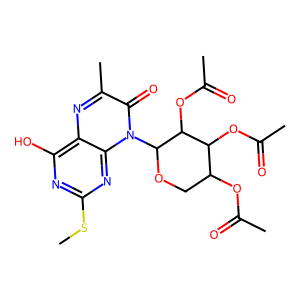
SMILES: CSc1nc(O)c2nc(C)c(=O)n(C3OCC(OC(C)=O)C(OC(C)=O)C3OC(C)=O)c2n1
Inhibits HIV replication: No